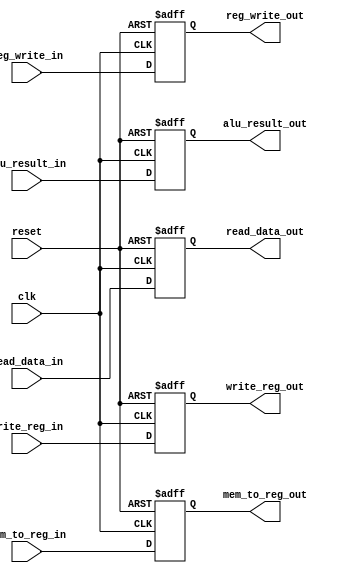
/******************************************************************
 * Description
 *  This is the Memory to Write Back Register
 *  1.0
 * Author:
 *  Alejandro Rios Jasso
 *  Javier Ochoa Pardo
 * email:
 *  is708932@iteso.mx
 *  is702811@iteso.mx
 * Date:
 *  21/04/2019
 ******************************************************************/
module ME_WB_Register (input clk,
                       input reset,
                       input reg_write_in,
                       input [1:0] mem_to_reg_in,
                       input [31:0] alu_result_in,
                       input [31:0] read_data_in,
                       input [4:0] write_reg_in,
                       output reg reg_write_out,
                       output reg [1:0] mem_to_reg_out,
                       output reg [31:0] alu_result_out,
                       output reg [31:0] read_data_out,
                       output reg [4:0] write_reg_out);
    
    always@(negedge reset or posedge clk) begin
        if (reset == 0) begin
            reg_write_out  <= 0;
            mem_to_reg_out <= 0;
            alu_result_out <= 0;
            read_data_out  <= 0;
            write_reg_out  <= 0;
        end
        else begin
            reg_write_out  <= reg_write_in;
            mem_to_reg_out <= mem_to_reg_in;
            alu_result_out <= alu_result_in;
            read_data_out  <= read_data_in;
            write_reg_out  <= write_reg_in;
        end
    end
    
endmodule